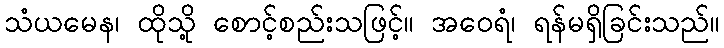
သံယမေန၊ ထိုသို့ စောင့်စည်းသဖြင့်။ အဝေရံ၊ ရန်မရှိခြင်းသည်။